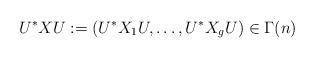
LaTeX: \begin{align*} U^* X U := (U^* X_1 U, \dots, U^* X_g U)\in\Gamma(n)\end{align*}